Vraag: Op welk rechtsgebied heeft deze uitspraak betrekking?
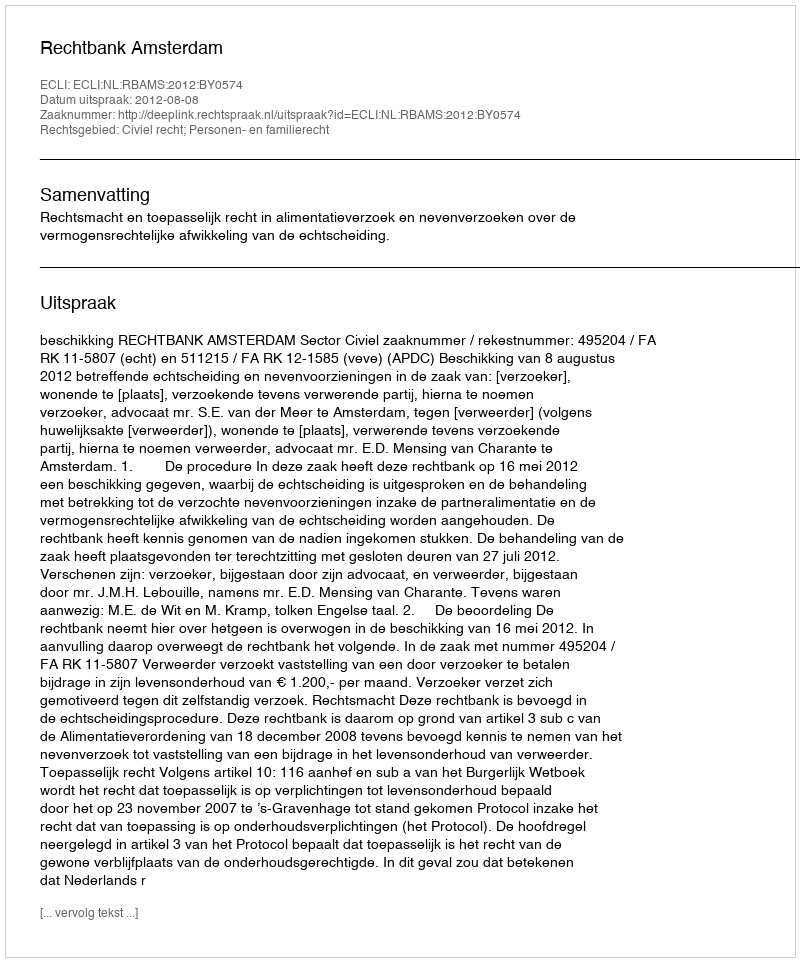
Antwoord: Civiel recht; Personen- en familierecht